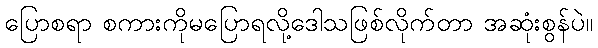
ပြောစရာ စကားကိုမပြောရလို့ဒေါသဖြစ်လိုက်တာ အဆုံးစွန်ပဲ။